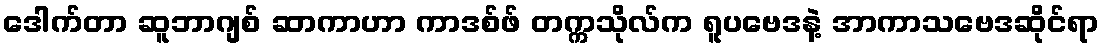
ဒေါက်တာ ဆူဘာဂျစ် ဆာကာဟာ ကာဒစ်ဖ် တက္ကသိုလ်က ရူပဗေဒနဲ့ အာကာသဗေဒဆိုင်ရာ